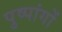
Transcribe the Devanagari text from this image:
पुष्पांगों